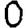
Digit: 0